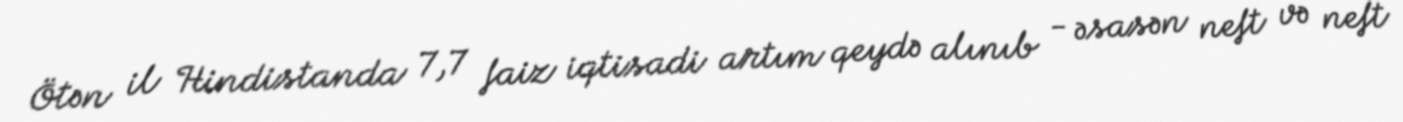
Ötən il Hindistanda 7,7 faiz iqtisadi artım qeydə alınıb - əsasən neft və neft